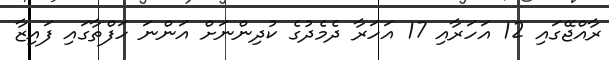
ރާއްޖޭގައި 12 އަހަރާއި 17 އަހަރާ ދެމެދުގެ ކުދިންނަށް އަންނަ ހަފްތާގައި ފައިޒާ